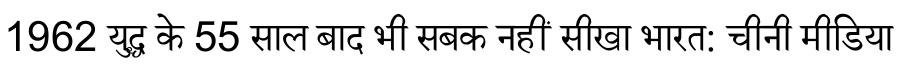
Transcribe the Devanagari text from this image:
1962 युद्ध के 55 साल बाद भी सबक नहीं सीखा भारत: चीनी मीडिया